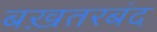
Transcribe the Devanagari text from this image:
बख़तरबंद